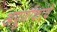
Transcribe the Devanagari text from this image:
अपूर्णाकांचे